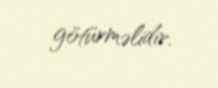
götürməlidir.